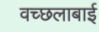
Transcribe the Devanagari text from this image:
वच्छलाबाई